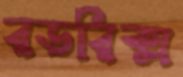
রডরিক্স